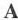
A